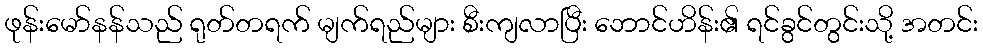
ဖုန်းမော်နန်သည် ရုတ်တရက် မျက်ရည်များ စီးကျလာပြီး ဘောင်ဟိန်း၏ ရင်ခွင်တွင်းသို့ အတင်း